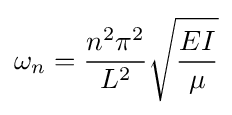
\omega _{n}={\frac {n^{2}\pi ^{2}}{L^{2}}}{\sqrt {\frac {EI}{\mu }}}